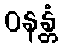
ဝနန္တံ